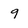
Character: 9